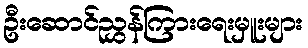
ဦးဆောင်ညွှန်ကြားရေးမှူးများ